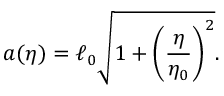
a ( \eta ) = \ell _ { 0 } \sqrt { 1 + \biggl ( \frac { \eta } { \eta _ { 0 } } \biggr ) ^ { 2 } } .